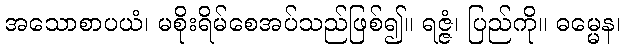
အသောစာပယံ၊ မစိုးရိမ်စေအပ်သည်ဖြစ်၍။ ရဇ္ဇံ၊ ပြည်ကို။ ဓမ္မေန၊